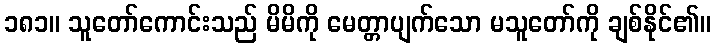
၁၈၁။ သူတော်ကောင်းသည် မိမိကို မေတ္တာပျက်သော မသူတော်ကို ချစ်နိုင်၏။